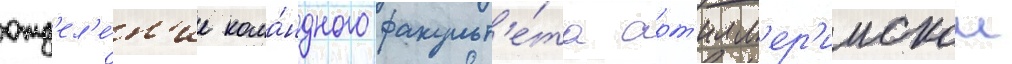
отд'ел'е́н'ие кома́ндного факульт'е́та арт'илл'ер'иискои